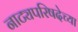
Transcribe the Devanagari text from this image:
नाट्यपरिषदेच्या